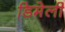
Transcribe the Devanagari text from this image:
डिमेली